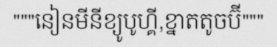
"""នៀនមីនីខ្យូបូហ្គី,ខ្នាតតូចប៊ី"""